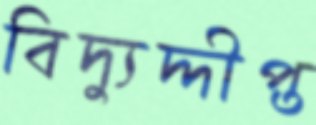
বিদ্যুদ্দীপ্ত